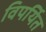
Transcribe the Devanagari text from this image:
विपर्यित